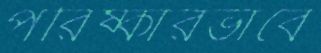
পরিষ্কারভাবে